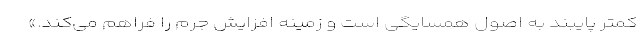
کمتر پایبند به اصول همسایگی است و زمینه افزایش جرم را فراهم می‌کند.»